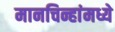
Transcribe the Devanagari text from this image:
मानचिन्हांमध्ये